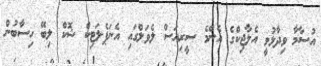
އުސާމާ ވިދާޅުވީ އެލާޖިކްގެ އެންމެ ސީރިއަސް ލެވަލްގައި އެނަޕެލަޓިކް ޝޮކް ލިބޭ ހިސާބުން